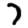
Digit: 7